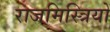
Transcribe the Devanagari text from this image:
राजमिस्त्रियों